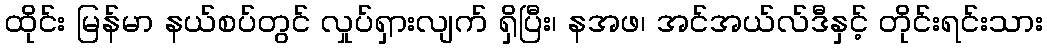
ထိုင်း မြန်မာ နယ်စပ်တွင် လှုပ်ရှားလျက် ရှိပြီး၊ နအဖ၊ အင်အယ်လ်ဒီနှင့် တိုင်းရင်းသား